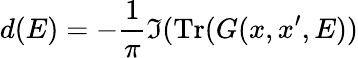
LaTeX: d(E)=-{\frac{1}{\pi}}\Im(\operatorname{Tr}(G(x,x^{\prime},E))